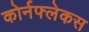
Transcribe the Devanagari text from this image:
कोर्नफ्लेकस